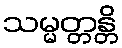
သမ္မတ္တန္တိ